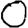
Digit: 0